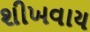
શીખવાય